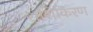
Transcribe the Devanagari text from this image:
शशिकिरण